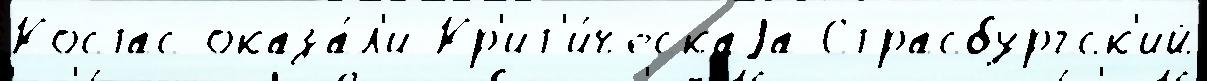
Костас оказа́л'и Кр'ит'и́ческаjа Страсбургск'ий